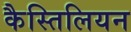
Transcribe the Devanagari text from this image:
कैस्तिलियन